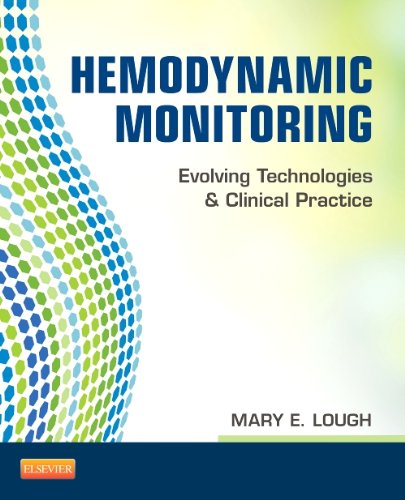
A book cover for Hemodynamic Monitoring: Evolving Technologies and Clinical Practice, 1e; Mary E. Lough PhD  RN  CNS  CCRN  CNRN  CCNS; Medical Books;